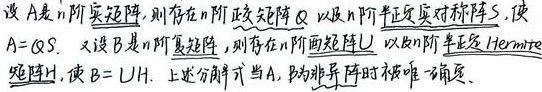
设 \(A\) 是 \(n\) 阶实矩阵，则存在 \(n\) 阶正交矩阵 \(Q\) 以及 \(n\) 阶半正定实对称阵 \(S\)，使 \(A = QS\)。

又设 \(B\) 是 \(n\) 阶复矩阵，则存在 \(n\) 阶酉矩阵 \(U\) 以及 \(n\) 阶半正定 Hermite 矩阵 \(H\)，使 \(B = UH\)。

上述分解式当 \(A\)，\(B\) 为非异阵时被唯一确定。